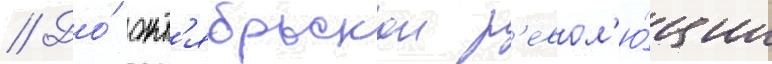
// До́ окт'ябрьскои р'евол'ю́ции